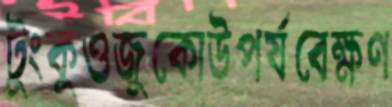
টুংকুওজুকোউপর্যবেক্ষণ